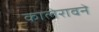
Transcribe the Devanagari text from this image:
कालेरावने